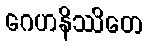
ဂေဟနိဿိတေ